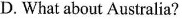
D. What about Australia?